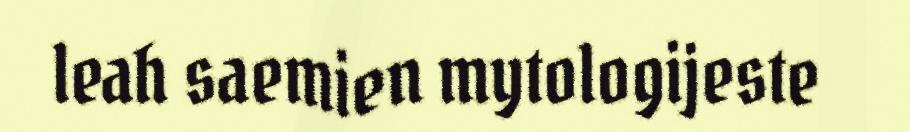
leah saemien mytologijeste